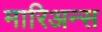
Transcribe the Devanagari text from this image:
मारिअन्स